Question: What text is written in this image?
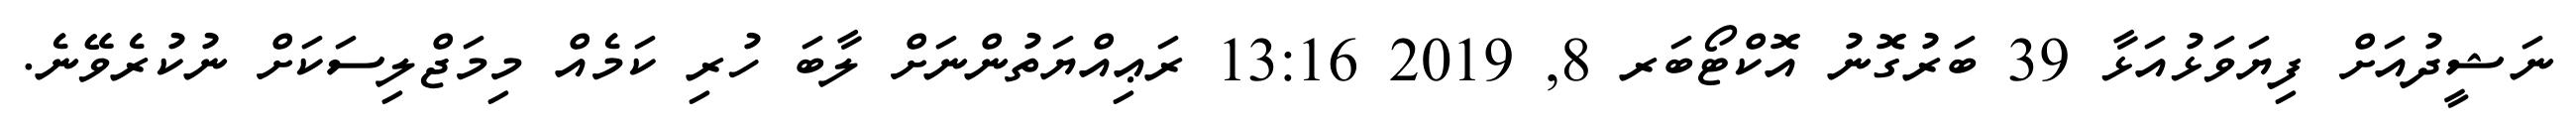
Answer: ނަޝީދުއަށް ފިޔަވަޅުއަޅާ 39 ބަރުގޮނު އޮކްޓޯބަރ 8, 2019 13:16 ރަޢިއްޔަތުންނަށް ލާބަ ހުރި ކަމެއް މިމަޖްލިސަކަށް ނުކުރެވޭނެ.